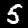
Digit: 5